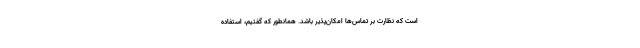
است که نظارت بر تماس‌ها امکان‌پذیر باشد. همانطور که گفتیم، استفاده